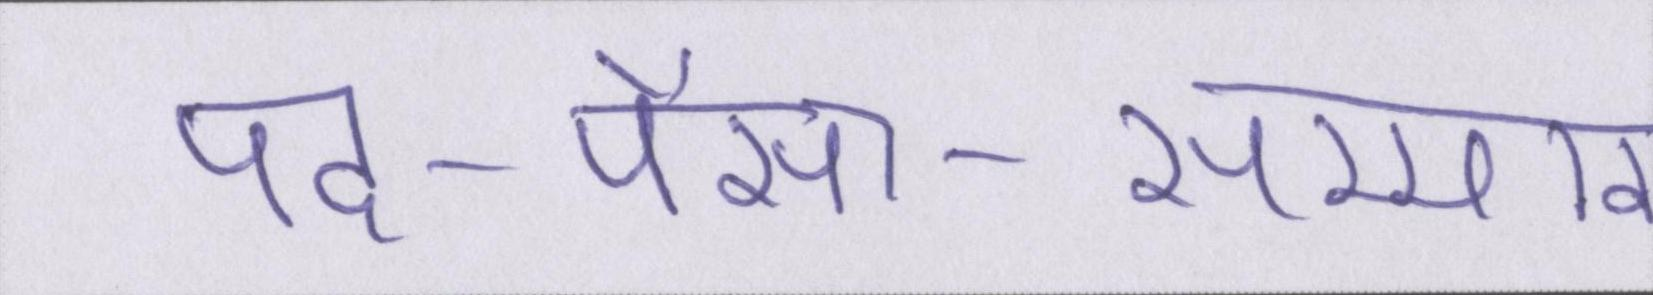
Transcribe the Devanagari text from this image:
पद-पैसा-सम्मान।